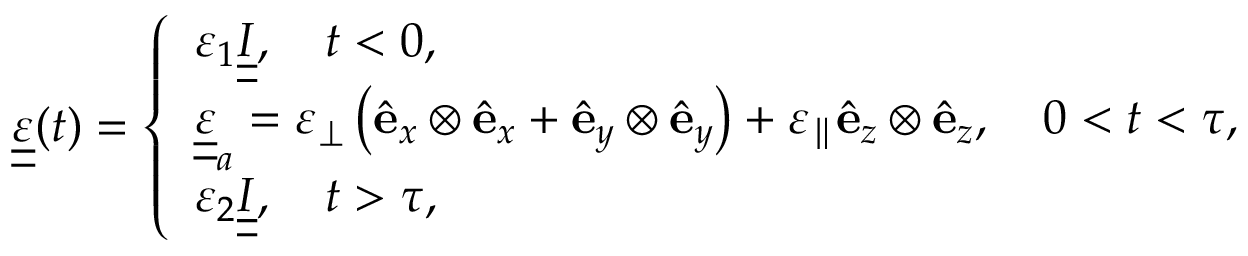
\begin{array} { r } { \underline { { \underline { \varepsilon } } } ( t ) = \left\{ \begin{array} { l l } { \varepsilon _ { 1 } \underline { { \underline { I } } } , \quad t < 0 , } \\ { \underline { { \underline { { \varepsilon } } } } _ { a } = \varepsilon _ { \perp } \left( { \hat { \bf e } } _ { x } \otimes { \hat { \bf e } } _ { x } + { \hat { \bf e } } _ { y } \otimes { \hat { \bf e } } _ { y } \right) + \varepsilon _ { \parallel } { \hat { \bf e } } _ { z } \otimes { \hat { \bf e } } _ { z } , \quad 0 < t < \tau , } \\ { \varepsilon _ { 2 } \underline { { \underline { I } } } , \quad t > \tau , } \end{array} \right. } \end{array}